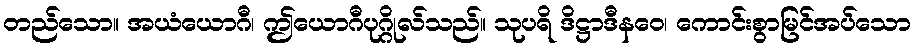
တည်သော။ အယံယောဂီ၊ ဤယောဂီပုဂ္ဂိုလ်သည်။ သုပရိ ဒိဋ္ဌာဒီနဝေ၊ ကောင်းစွာမြင်အပ်သော